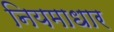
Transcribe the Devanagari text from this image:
नियमाधार